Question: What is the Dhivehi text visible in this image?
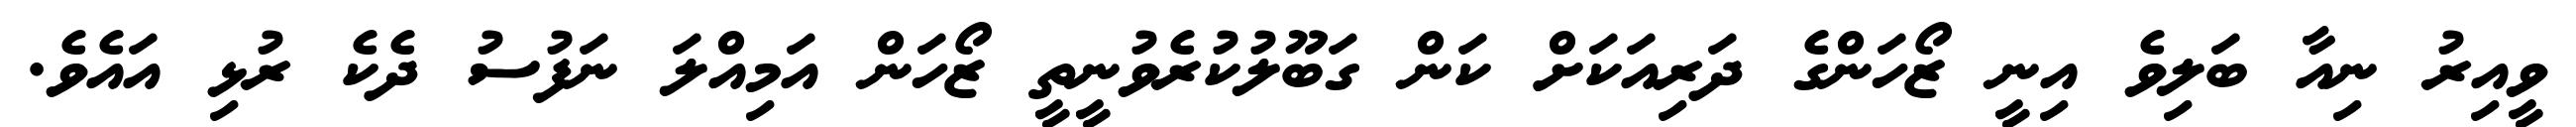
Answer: ވީއިރު ނިއާ ބަލިވެ އިނީ ޒޯހަންގެ ދަރިއަކަށް ކަން ގަބޫލުކުރެވުނީތީ ޒޯހަން އަމިއްލަ ނަފުސު ދެކެ ރުޅި އައެވެ.